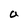
Character: a